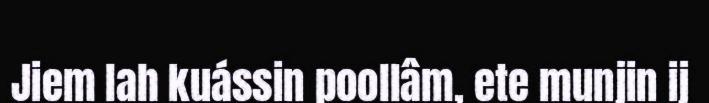
Jiem lah kuássin poollâm, ete munjin ij